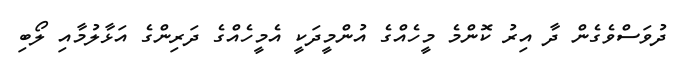
ދުވަސްވެގެން ދާ އިރު ކޮންމެ މީހެއްގެ އުންމީދަކީ އެމީހެއްގެ ދަރިންގެ އަޅާލުމާއި ލޯބި